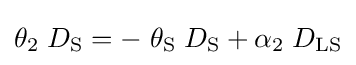
\theta _{2}\;D_{\rm {S}}=-\;\theta _{\rm {S}}\;D_{\rm {S}}+\alpha _{2}\;D_{\rm {LS}}